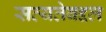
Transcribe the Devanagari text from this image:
सत्यतेबद्दल